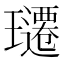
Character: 𬎚